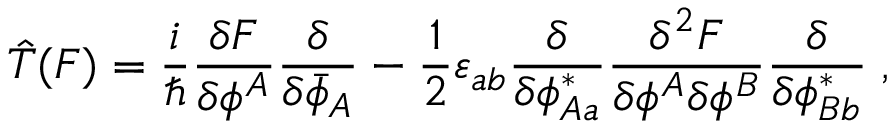
\hat { T } ( F ) = \frac { i } { \hbar } \frac { \delta F } { \delta \phi ^ { A } } \frac { \delta } { \delta \bar { \phi } _ { A } } - \frac { 1 } { 2 } \varepsilon _ { a b } \frac { \delta } { \delta \phi _ { A a } ^ { * } } \frac { \delta ^ { 2 } F } { \delta \phi ^ { A } \delta \phi ^ { B } } \frac { \delta } { \delta \phi _ { B b } ^ { * } } \; ,